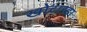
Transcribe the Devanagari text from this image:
खोटारडा